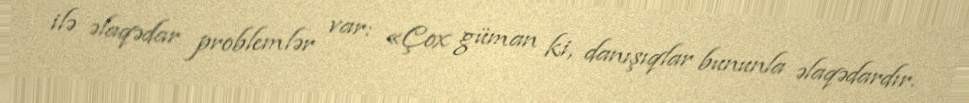
ilə əlaqədar problemlər var: «Çox güman ki, danışıqlar bununla əlaqədardır.